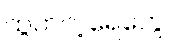
ထွက်တဲ့ရေတွေ။